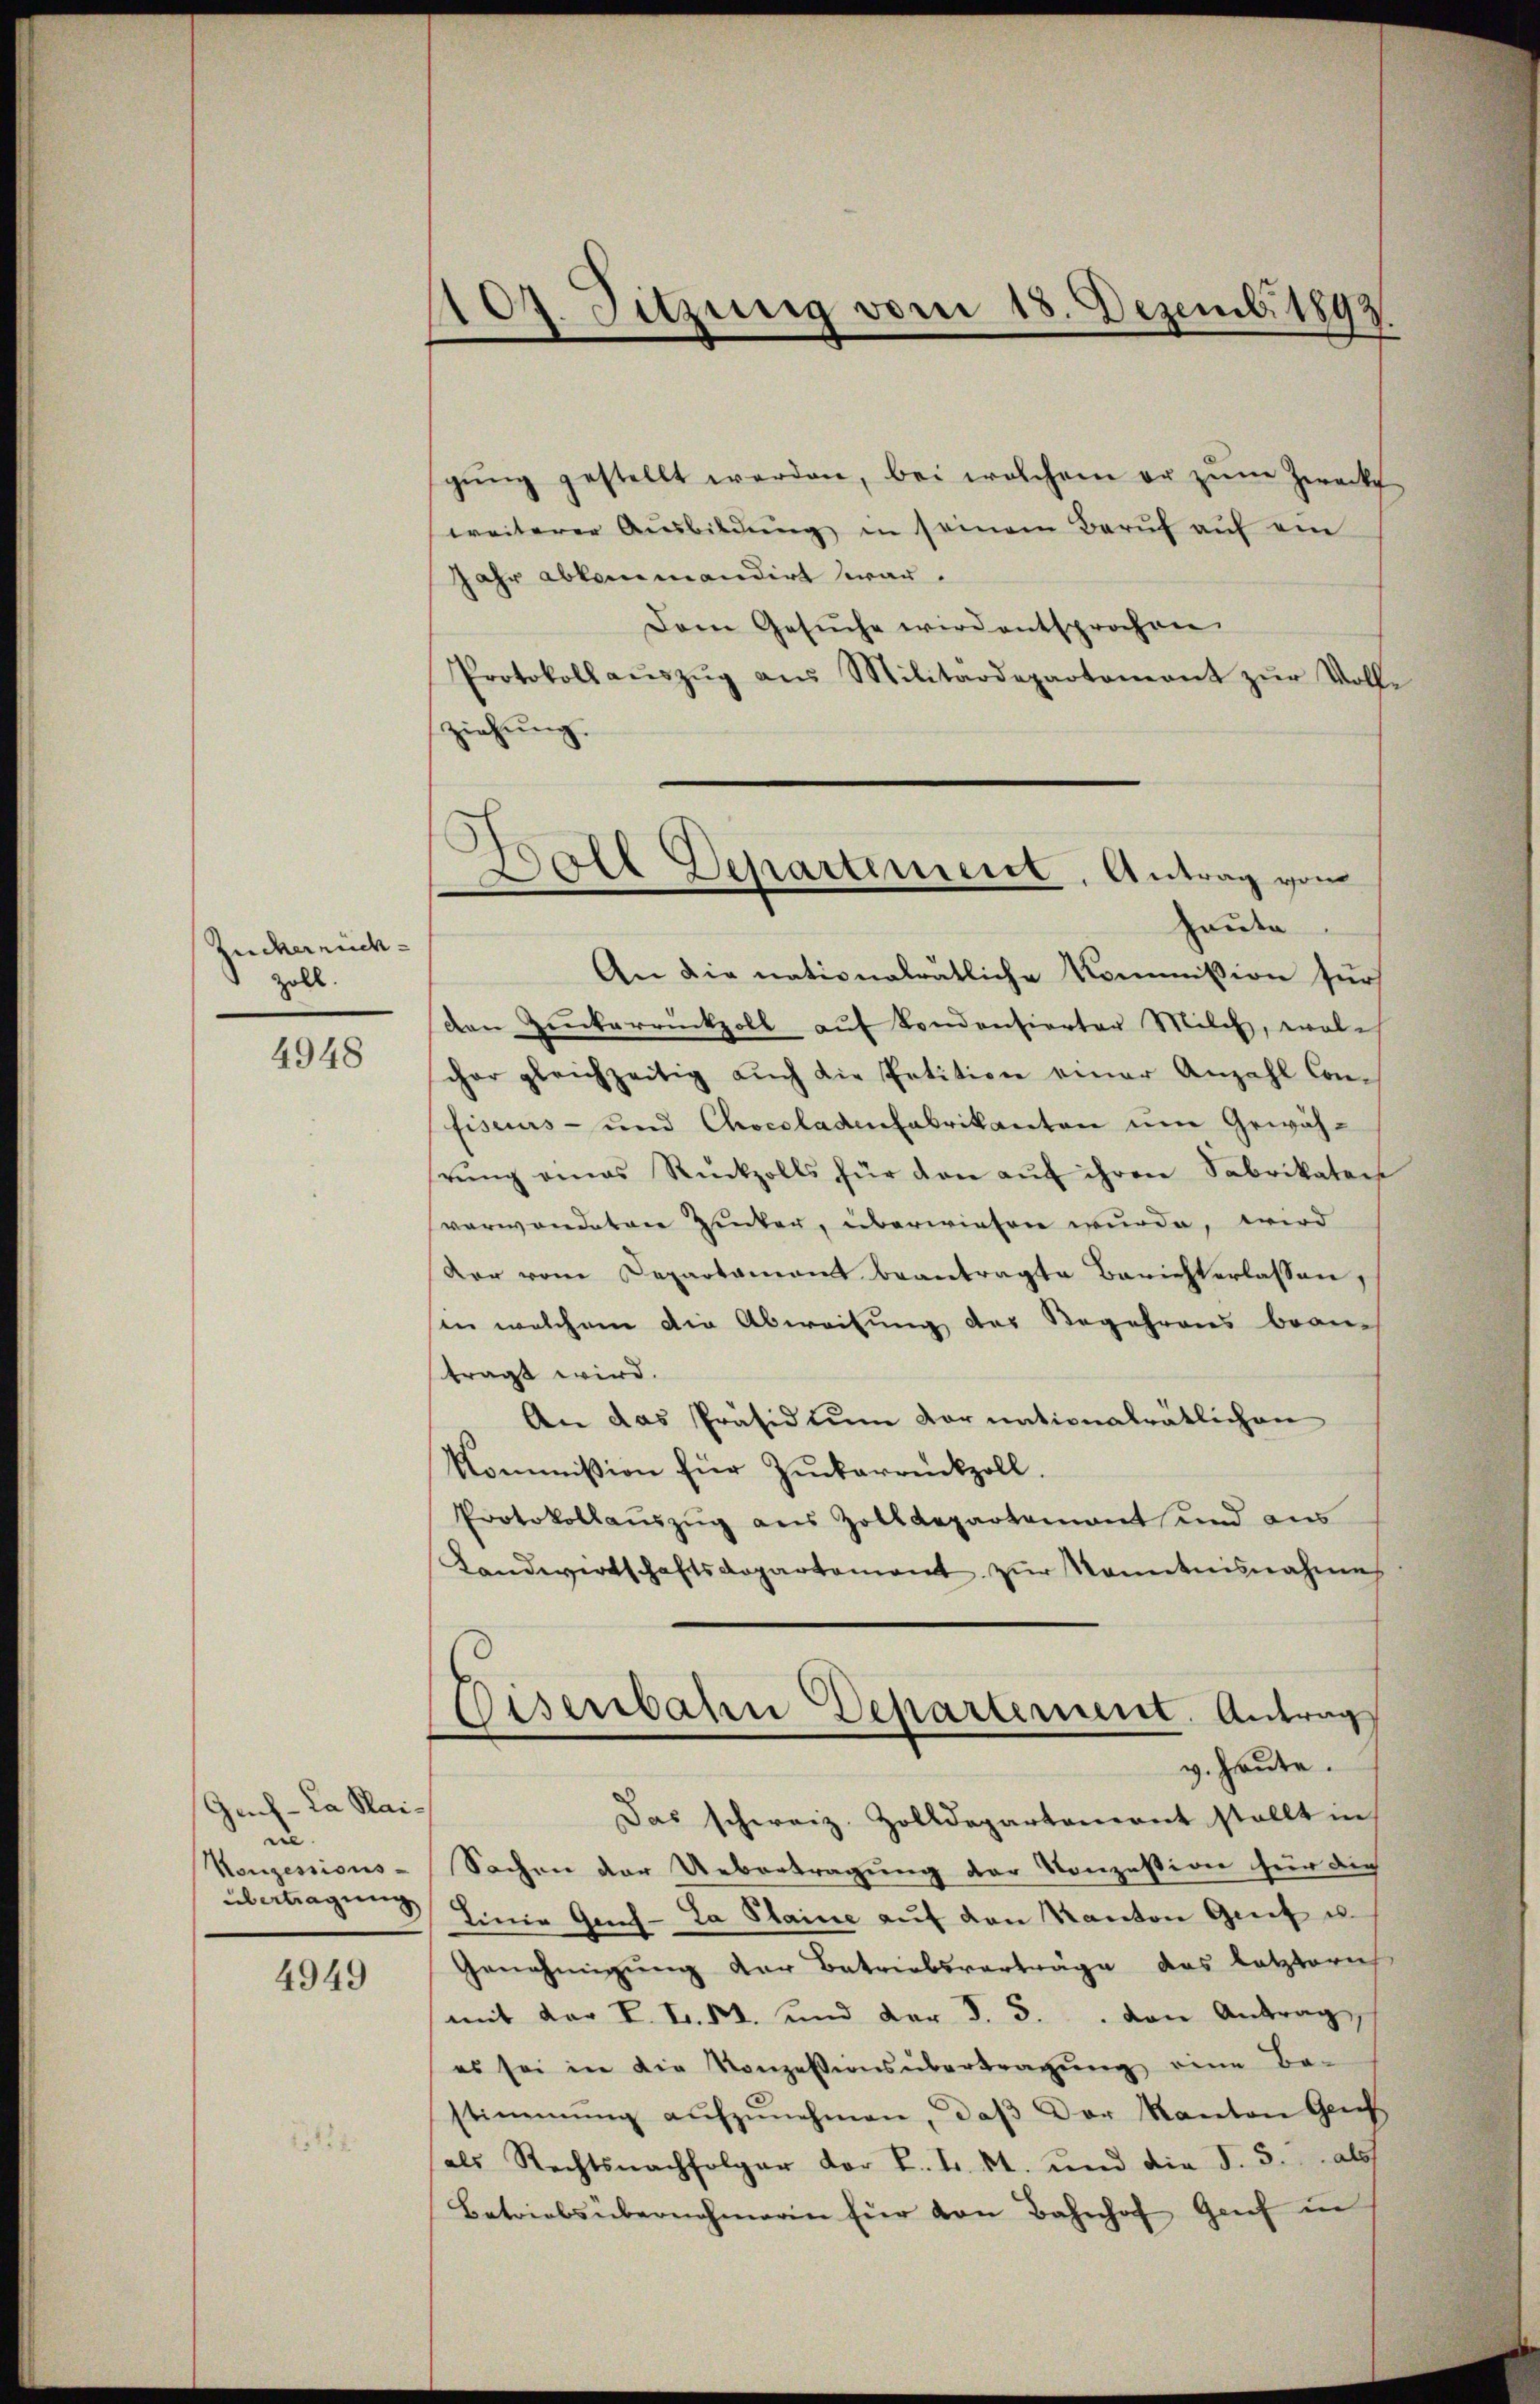
Zuckernich
zoll.

4948

Gech-La Kaine
Konzessions-

4949

107. Sitzung vom 18. Dezemb. 1892.

gŭng gestellt werden, bei welchem er zum Zweck
weiterer Ausbildŭng in seinem Beruf auf ein
Jahr abkommandirt war.
Dem Gesŭche wird entsprochen.
Protokoll aŭszŭg aŭs Militärdepartement zŭr Voll-
ziehung.
An die nationalrätliche Kommission für
den Zuckerrückzoll aŭf Sondentierter Milch, welch
scher gleichzeitig aŭch die Petition einer Anzahl Con-
fiseurs- und Chocoladen Fabrikanton um Gewäh-
rŭng eines Rückzolls für den aŭf ihren Sabrikaten
verwandeten Zucker, überwiesen wurde, wird
Vor vom Separtamant beantragte Berichterlassen,
sin welchem die Abweisung des Begehrens bean-
tragt wird.
An das Präsidiŭm Kornationalrätlichen
Kommission für Zuckerrückzoll.
Protokollaŭszŭg aŭs Zolldepartament und aus
Landwirtschaftsdepartement zŭr Kenntnisnahme
Disenbahn Departement. Antrag
v. Heute.
Das schweiz. Zolldepartement stellt in
Sachen der Uebertragung der Konzession für die
übertragung Eine Gas- La Plaine auf den Kanton Greif u.
Genehmigung der Betriebsverträge das letzteres
mit der L. Fr. 5. und der §. 3. von Antrag
es sei in die Konzessionsübertragŭng eine Be-
stimmung aŭfzŭnehmen, daβ der Kanton Genf
als Rechtsnachfolger der L. L. St. und die §. 3. als
Betriebsübernehmerin für von Bahnhof Genf in

Hall Departement, Antrag vom
haute